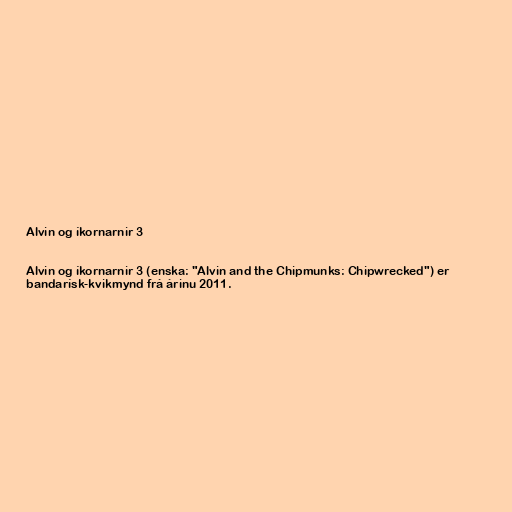
Alvin og íkornarnir 3

Alvin og íkornarnir 3 (enska: "Alvin and the Chipmunks: Chipwrecked") er
bandarísk-kvikmynd frá árinu 2011.